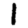
Digit: 1